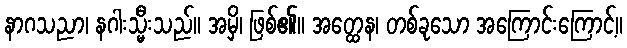
နာဂသညာ၊ နဂါးသ္မီးသည်။ အမှိ၊ ဖြစ်၏။ အတ္ထေန၊ တစ်ခုသော အကြောင်းကြောင့်။